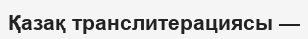
Қазақ транслитерациясы —